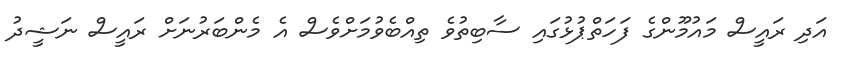
އަދި ރައީސް މައުމޫންގެ ފަހަތްޕުޅުގައި ސާބިތުވެ ތިއްބެވުމަށްވެސް އެ މެންބަރުނަށް ރައީސް ނަޝީދު